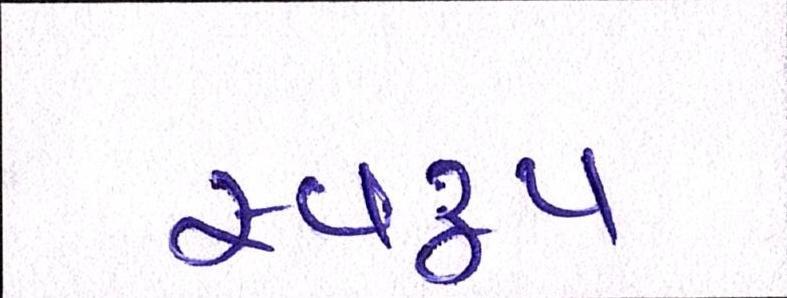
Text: સ્વરૃપ